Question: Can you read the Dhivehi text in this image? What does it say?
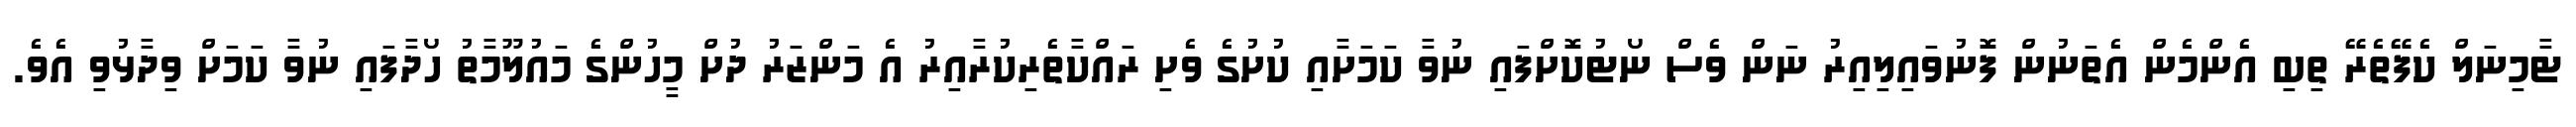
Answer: ޓާމިނަލް ކެފޭތެރޭ ތިބި އެންމެން އެތަނުން ފޮނުވައިލިއިރު ނަން ވެސް ނޯޓުކޮށްފައި ނުވާ ކަމަށާއި ކުށުގެ ވެށި ރައްކާތެރިކުރާއިރު އެ މަންޒަރު ދުށް މީހުންގެ މައުލޫމާތު ހޯދާފައި ނުވާ ކަމަށް ވިދާޅުވި އެވެ.